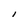
Character: I